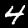
Label: 4